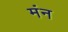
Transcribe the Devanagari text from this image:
मंन